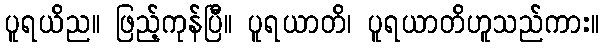
ပူရယိည။ ဖြည့်ကုန်ပြီ။ ပူရယာတိ၊ ပူရယာတိဟူသည်ကား။